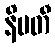
နိပတီ